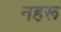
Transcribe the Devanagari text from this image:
नहरू